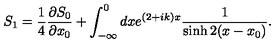
S _ { 1 } = \frac { 1 } { 4 } \frac { \partial S _ { 0 } } { \partial x _ { 0 } } + \int _ { - \infty } ^ { 0 } d x e ^ { ( 2 + i k ) x } \frac { 1 } { \sinh 2 ( x - x _ { 0 } ) } .